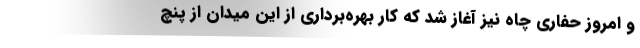
و امروز حفاری چاه نیز آغاز شد که کار بهره‌برداری از این میدان از پنچ